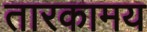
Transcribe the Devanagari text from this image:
तारकामय